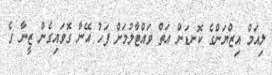
ލިއަމް އިޒްޔަންގެ ކޮނޑަށް އަތް ވައްޓާލުމަށް ފަހު އޭނާ ގޮވައިގެން ޒީނާ ގެ